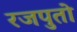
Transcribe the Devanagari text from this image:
रजपुतो